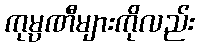
ကုမ္ပဏီများကိုလည်း